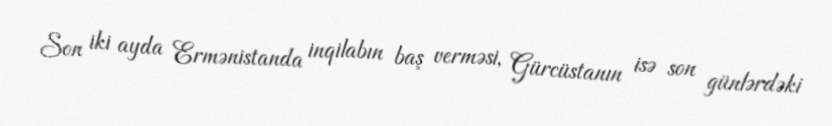
Son iki ayda Ermənistanda inqilabın baş verməsi, Gürcüstanın isə son günlərdəki